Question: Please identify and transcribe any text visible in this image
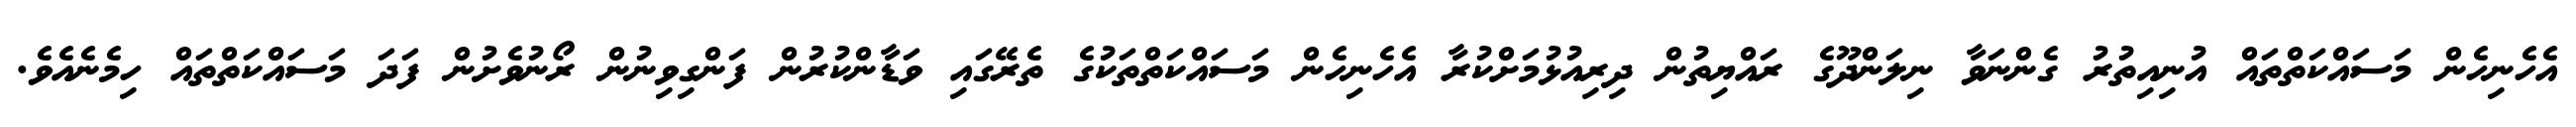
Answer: އެހެނިހެން މަސައްކަތްތައް އުނިއިތުރު ގެންނަވާ ނިލަންދޫގެ ރައްޔިތުން ދިރިއުޅުމަށްކުރާ އެހެނިހެން މަސައްކަތްތަކުގެ ތެރޭގައި ވަޑާންކުރުން ފަންގިވިނުން ރޯނުވެށުން ފަދަ މަސައްކަތްތައް ހިމެނެއެވެ.